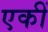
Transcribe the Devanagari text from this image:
एकीं